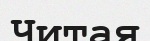
Читая